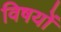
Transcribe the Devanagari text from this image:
विषयोंं